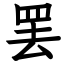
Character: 罢